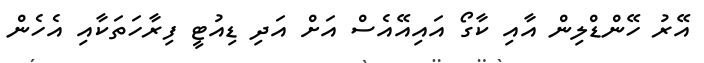
އޭރު ހޭންޑްލިން އާއި ކާގޯ އައިއޭއެސް އަށް އަދި ޑިއުޓީ ފިރާހަތަކާއި އެހެން